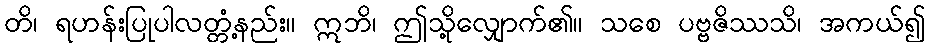
တိ၊ ရဟန်းပြုပါလတ္တံ့နည်း။ ဣဘိ၊ ဤသို့လျှောက်၏။ သစေ ပဗ္ဗဇိဿသိ၊ အကယ်၍